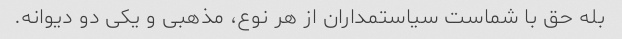
بله حق با شماست سیاستمداران از هر نوع، مذهبی و یکی دو دیوانه.